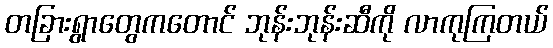
တခြားရွာတွေကတောင် ဘုန်းဘုန်းဆီကို လာကုကြတယ်